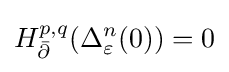
H_{\bar {\partial }}^{p,q}(\Delta _{\varepsilon }^{n}(0))=0